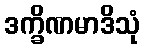
ဒက္ခိဏမာဒိသုံ